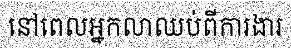
នៅពេលអ្នកលាឈប់ពីការងារ